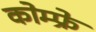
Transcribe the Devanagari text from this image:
कोम्फ्रे